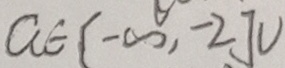
a \in [ - \infty , - 2 ] \cup